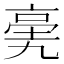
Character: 亴